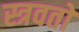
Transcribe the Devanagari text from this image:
स्त्रवतो